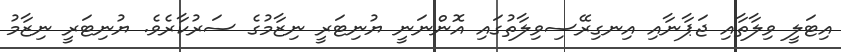
އިޓަލީ ވިލާތާއި ޖަޕާނާއި އިނގިރޭސިވިލާތުގައި އޮންނަނީ ޔުނިޓަރީ ނިޒާމުގެ ސަރުކާރެވެ. ޔުނިޓަރީ ނިޒާމު